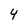
Character: 4